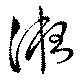
液